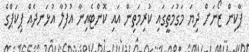
ޕާކިން ޒޯނަށް ދިޔަ މަގުމަތީގައި ކުރިމަތިން އައި ކޮންޓެއިނާ އުފުލާ އުޅަނދެއް ޕިކަޕްގެ